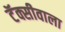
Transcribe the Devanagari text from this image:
टॅक्सीवाला